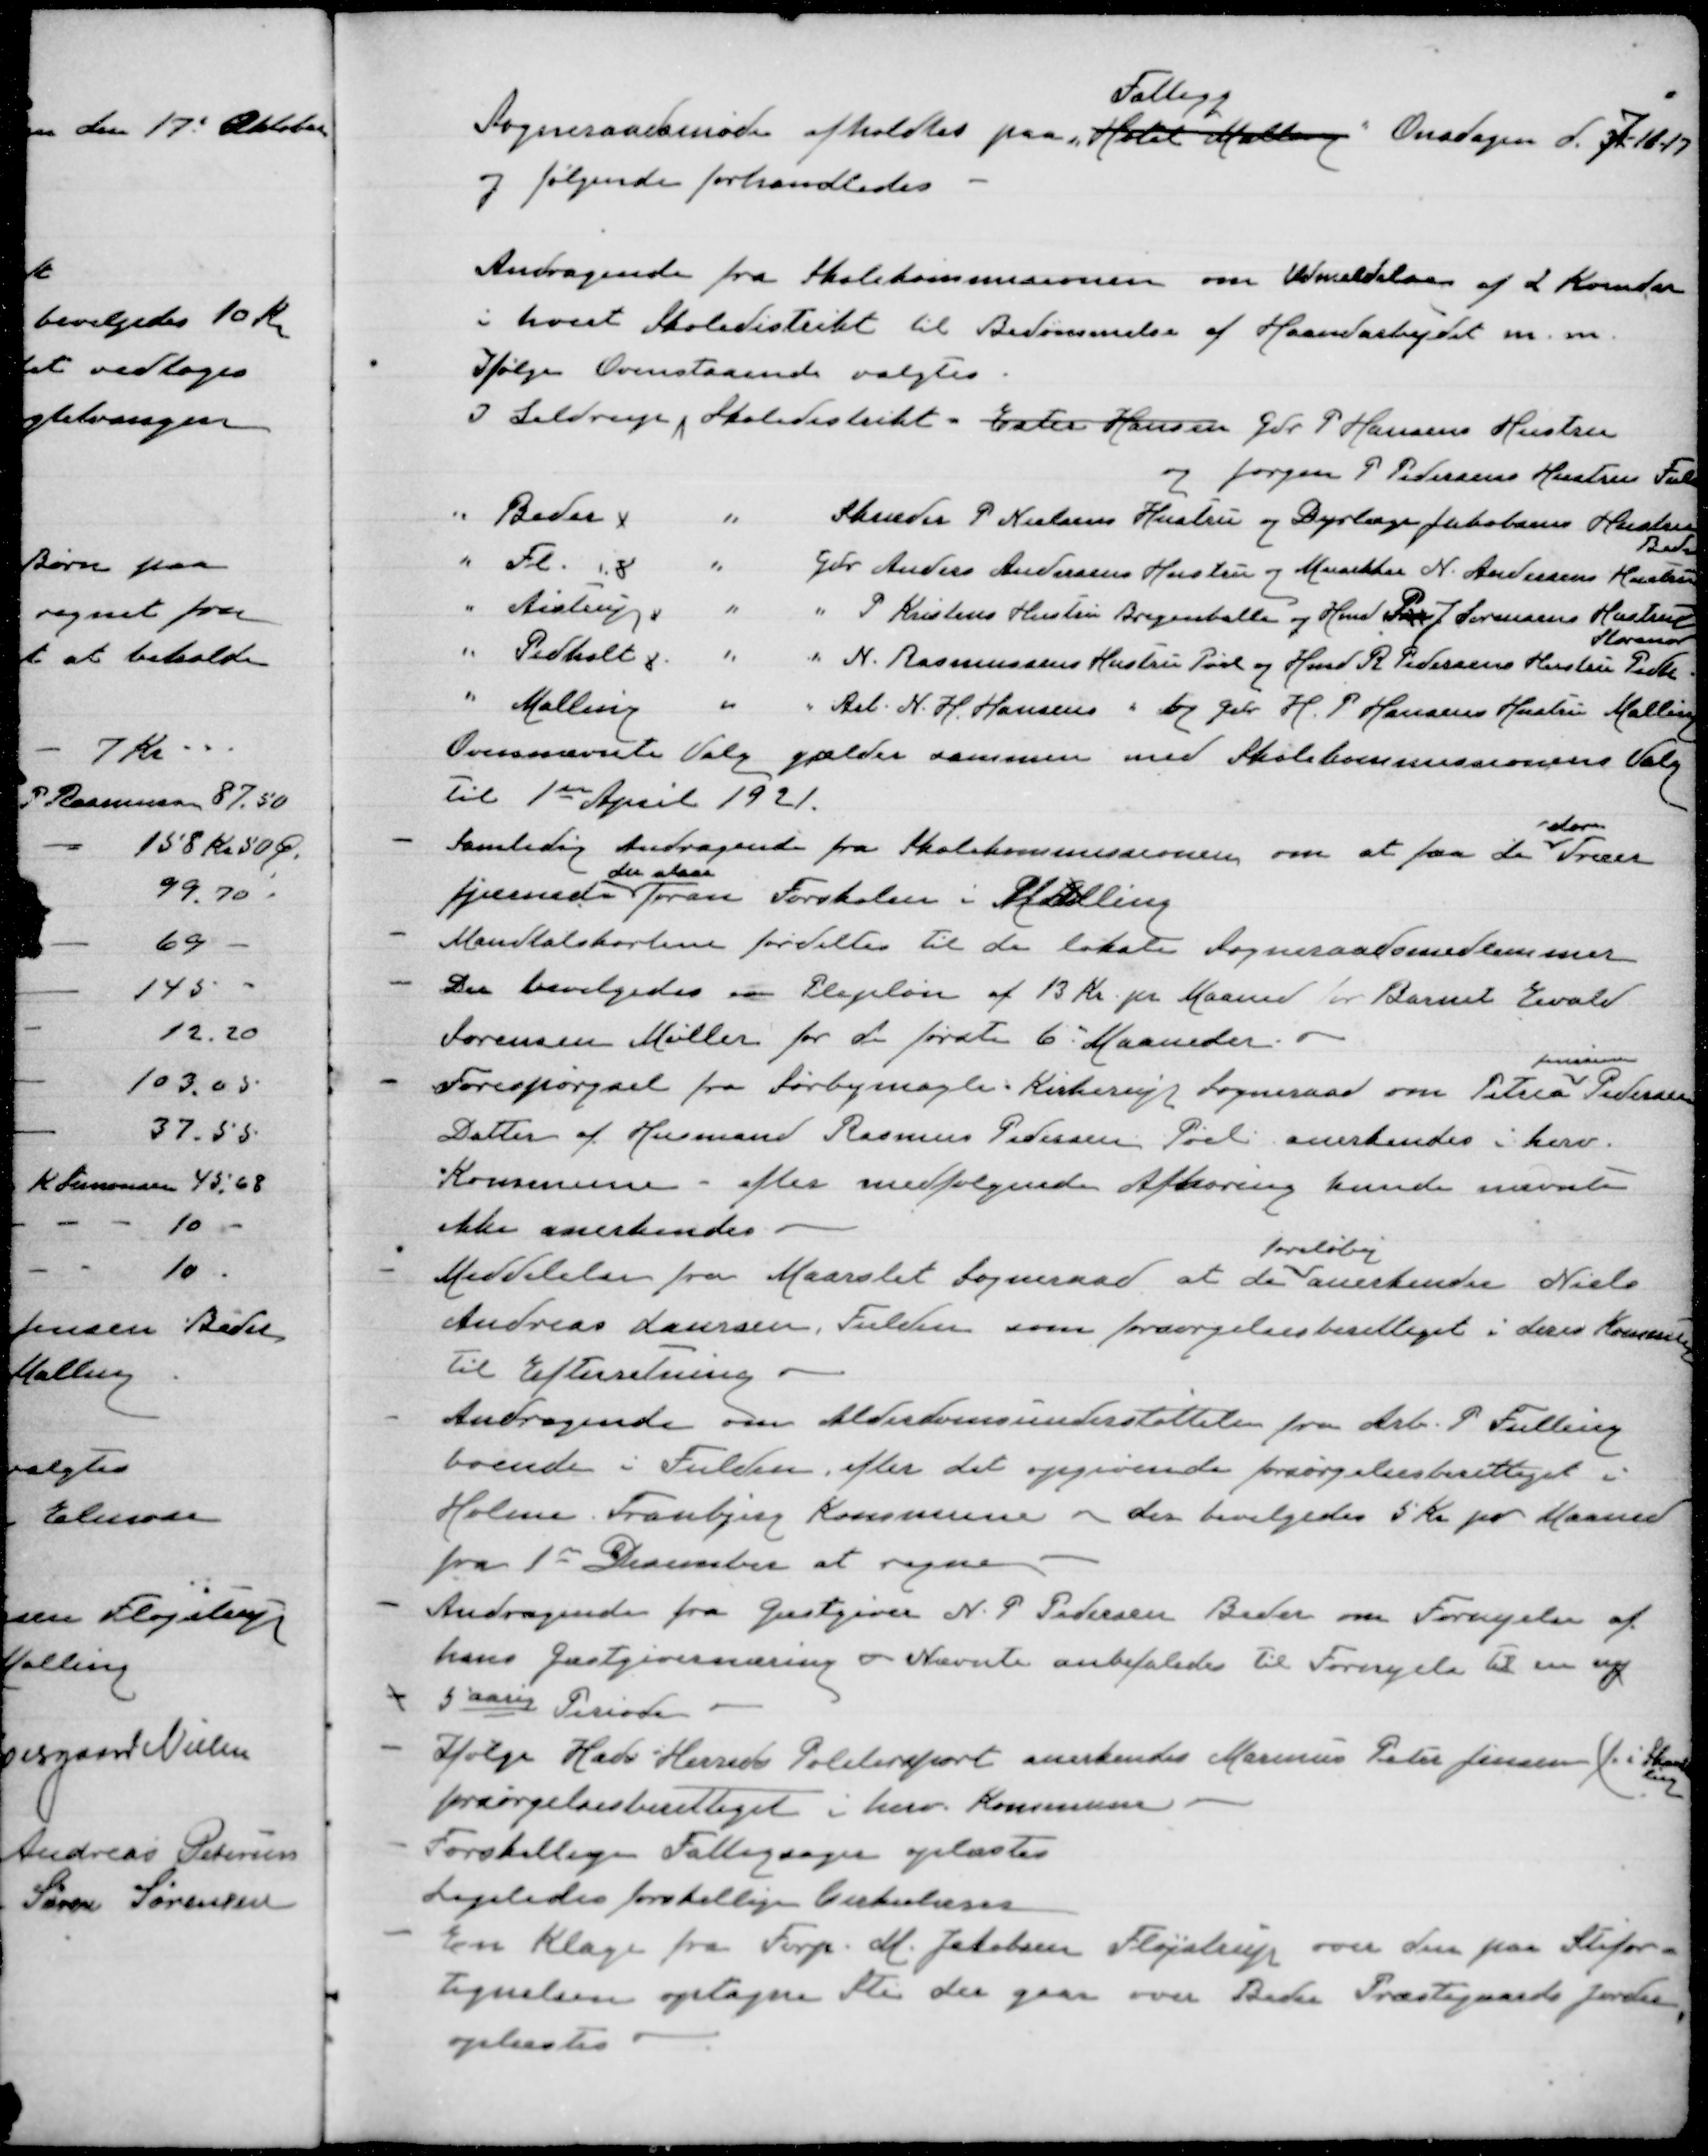
Transskription:
Sogneraadesmøde afholdtes paa "Hotel Malling"
Fattigg
Onsdagen d 7-8-17
og følgende forhandledes
Andragende fra Skolekommisionen om Udmeldelse af 2 Kvinder
i hvert Skoledistrikt til Bedømmelse af Haandarbejdet m.m.
Ifølge Ovenstaaende valgtes:
I Seldrup Skoledistrikt - Ester Hansen Gdr P Hansens Hustru
og Jørgen P Petersens Hustru Fulden
" Beder  " Skræder P Nielsens Hustru og Dyrlæge Jakobsens Hustru
Beder
" Fl.  " Gdr Anders Andersens Hustru og  N. Andersens Hustru
" Ajstrup " " P Kristens Hustru Bregenballe og Hmd P J Sørensens Hustru
Storenor
" Pedholt  " " N. Rasmussens Hustru Pøel og Hmd R Pedersens Hustru Pedht
" Malling " " Rel N. H. Hansens " og Gdr H. P Hansens Hustru Malling
Ovennævnte Valg gælder sammen med Skolekommisionens Valg
til 1st April 1921.
Samtidig Andragende fra Skolekommisionen om at faa de
store
Træer
fjernede
der staar
foran Forskolen i Malling
Mandtalskortene fordeltes til de lokale Sogneraadsmedlemmer
Der bevilgedes en Plejeløn af 13 Kr pr Maaned for Barnet Ewald
Sørensen Møller for de første 6 Maaneder.
Forespørgsel fra Sørbymagle Kirkerup Sogneraad om Petrea
Jensine
Pedersen
Datter af Husmand Rasmus Pedersen Pøel anerkendes i herv.
Kommune - efter medfølgende Afhøring kunde nævnte
ikke anerkendes
Meddelelse fra Maarslet Sogneraad at de
foreløbig
anerkender Niels
Andreas Laursen, Fulden som forsørgelsesberettiget i deres Kommune
til Efterretning
Andragende om Alderdomsunderstøttelse for Arb P Fulling
boende i Fulden efter det opgivende forsørgelsesberettiget i
Holme Tranbjerg Kommune - der bevilgedes 5 Kr pr Maaned
fra 1st December at regne.
Andragende fra Gæstgiver N. P Pedersen Beder om Fornyelse af
hans Gæstgiverservering. Nævnte anbefaledes til Fornyelse til en ny
5 aarig Periode
Ifølge Hads Herreds Politirapport anerkendes Marinus Peter Jensen (f. i Skaade

forsørgelsesberettiget i herv. Kommune
Forskellige Fattigsager oplæstes
Ligeledes forskellige Enkeltsager
En Klage fra Forp M. Jakobsen i Fløjstrup over den paa Stifor-
tegnelsen optagne Sti der gaar over Beder Præstegaards Jorder,
oplæstes